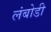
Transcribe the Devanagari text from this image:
लंबोडी